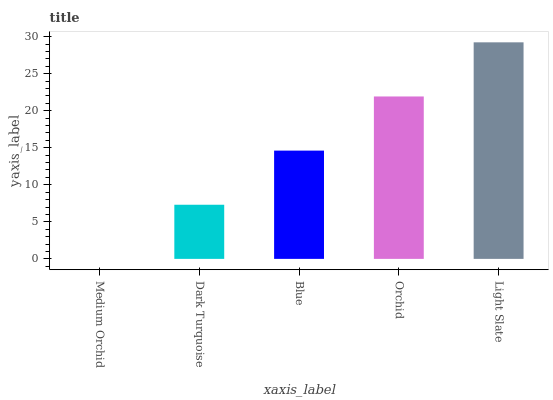
| xaxis_label | bars |
 | --- | --- |
 | Medium Orchid | 0 |
 | Dark Turquoise | 7.31 |
 | Blue | 14.6 |
 | Orchid | 21.9 |
 | Light Slate | 29.2 |